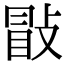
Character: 㪞